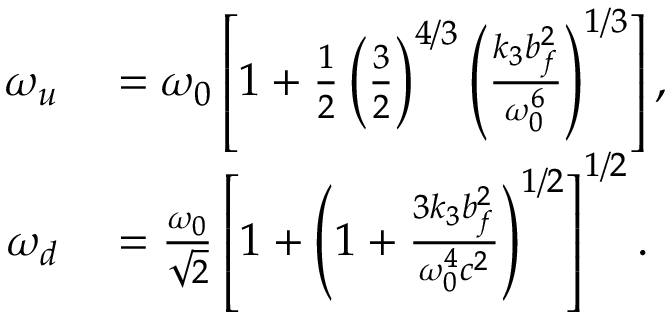
\begin{array} { r l } { \omega _ { u } } & { { } = \omega _ { 0 } \left[ 1 + \frac { 1 } { 2 } \left( \frac { 3 } { 2 } \right) ^ { 4 / 3 } \left( \frac { k _ { 3 } b _ { f } ^ { 2 } } { \omega _ { 0 } ^ { 6 } } \right) ^ { 1 / 3 } \right] , } \\ { \omega _ { d } } & { { } = \frac { \omega _ { 0 } } { \sqrt { 2 } } \left[ 1 + \left( 1 + \frac { 3 k _ { 3 } b _ { f } ^ { 2 } } { \omega _ { 0 } ^ { 4 } c ^ { 2 } } \right) ^ { 1 / 2 } \right] ^ { 1 / 2 } . } \end{array}